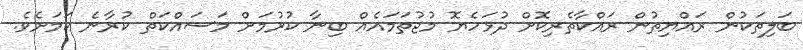
ބަލިތަކުން ރައްޔިތުން ރައްކާތެރިކޮށް ދުޅަހެޔޮ މުޖުތަމައެއް ބިނާ ކުރުމަށް މަސައްކަތް ކުރާނެ ކަމަށެވެ.